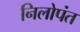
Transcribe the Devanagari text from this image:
निलोपंत